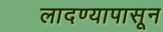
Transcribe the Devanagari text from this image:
लादण्यापासून